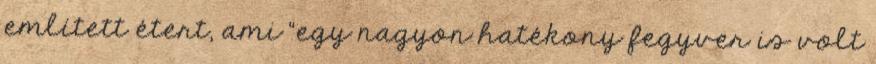
említett étert, ami “egy nagyon hatékony fegyver is volt